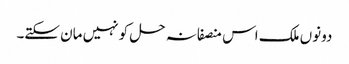
دونوں ملک اس منصفانہ حل کو نہیں مان سکتے۔